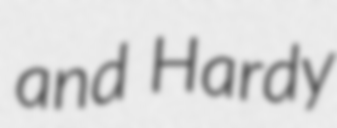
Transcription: and Hardy